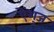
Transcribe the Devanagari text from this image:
ऐंशुज